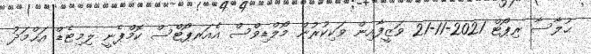
ޙުލާސާ ރިޕޯޓް 2021-11-21 ވަޒީފާއިން ވަކިކުރުން މޯލްޑިވްސް އެއަރޕޯޓްސް ކޮމްޕެނީ ލިމިޓެޑް އަޙްމަދު